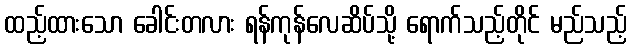
ထည့်ထားသော ခေါင်းတလား ရန်ကုန်လေဆိပ်သို့ ရောက်သည့်တိုင် မည်သည့်